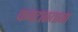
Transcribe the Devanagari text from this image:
कवटाळताना